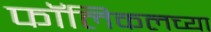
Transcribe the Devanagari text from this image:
फॉलिकलच्या